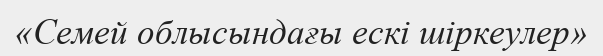
«Семей облысындағы ескі шіркеулер»